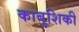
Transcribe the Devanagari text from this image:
काबुशिकी